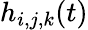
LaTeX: h_{i,j,k}(t)